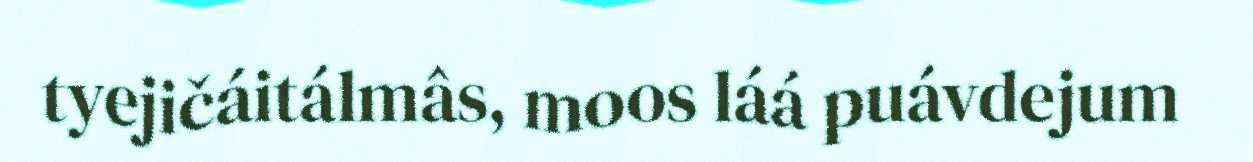
tyejičáitálmâs, moos láá puávdejum